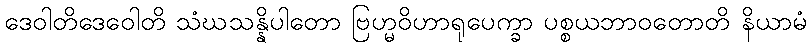
ဒေဝါတိဒေဝေါတိ သံဃသန္နိပါတော ဗြဟ္မဝိဟာရုပေက္ခာ ပစ္စယဘာဝတောတိ နိယာမံ